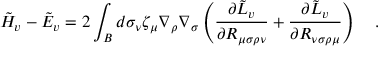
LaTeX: \tilde { H } _ { v } - \tilde { E } _ { v } = 2 \int _ { \cal B } d \sigma _ { \nu } \zeta _ { \mu } \nabla _ { \rho } \nabla _ { \sigma } \left( { \frac { \partial { \tilde { L } } _ { v } } { \partial R _ { \mu \sigma \rho \nu } } } + { \frac { \partial { \tilde { L } } _ { v } } { \partial R _ { \nu \sigma \rho \mu } } } \right) ~ ~ ~ .